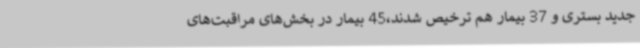
جدید بستری و 37 بیمار هم ترخیص شدند،45 بیمار در بخش‌های مراقبت‌های